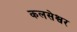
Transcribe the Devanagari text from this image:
कलसेश्वर